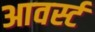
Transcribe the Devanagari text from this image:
आवर्स्ट